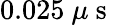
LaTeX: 0.025~\mu\mathrm{~s~}